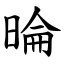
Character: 㫻